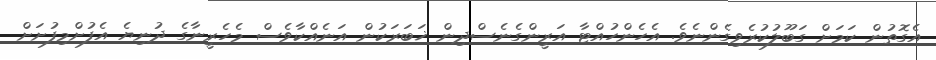
އެގޮތުން ކަމަށް ގަބޫލުކުރެވިގެންނެވެ. އެހެންހުއްޓާ އަރީންގެނެސްދިން ޚަބަރަކުން އަނެއްކާވެސް މެހެރީނާގެ ދުނިޔެ އެފުށްމިފުށަށް